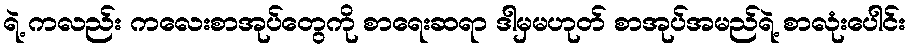
ရဲ့ ကလည်း ကလေးစာအုပ်တွေကို စာရေးဆရာ ဒါမှမဟုတ် စာအုပ်အမည်ရဲ့ စာလုံးပေါင်း